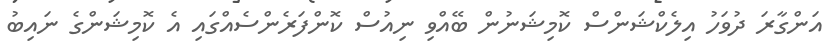
އަންގާރަ ދުވަހު އިލެކްޝަންސް ކޮމިޝަނުން ބޭއްވި ނިއުސް ކޮންފަރެންސެއްގައި އެ ކޮމިޝަންގެ ނައިބު